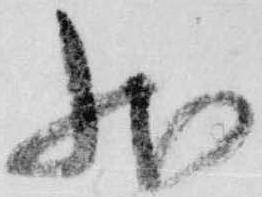
状